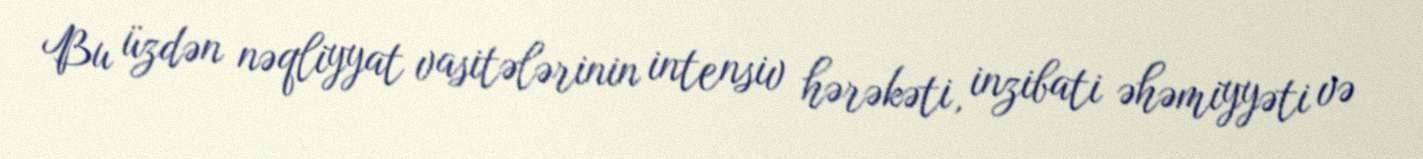
Bu üzdən nəqliyyat vasitələrinin intensiv hərəkəti, inzibati əhəmiyyəti və